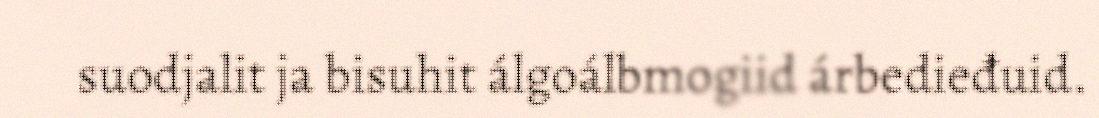
suodjalit ja bisuhit álgoálbmogiid árbedieđuid.